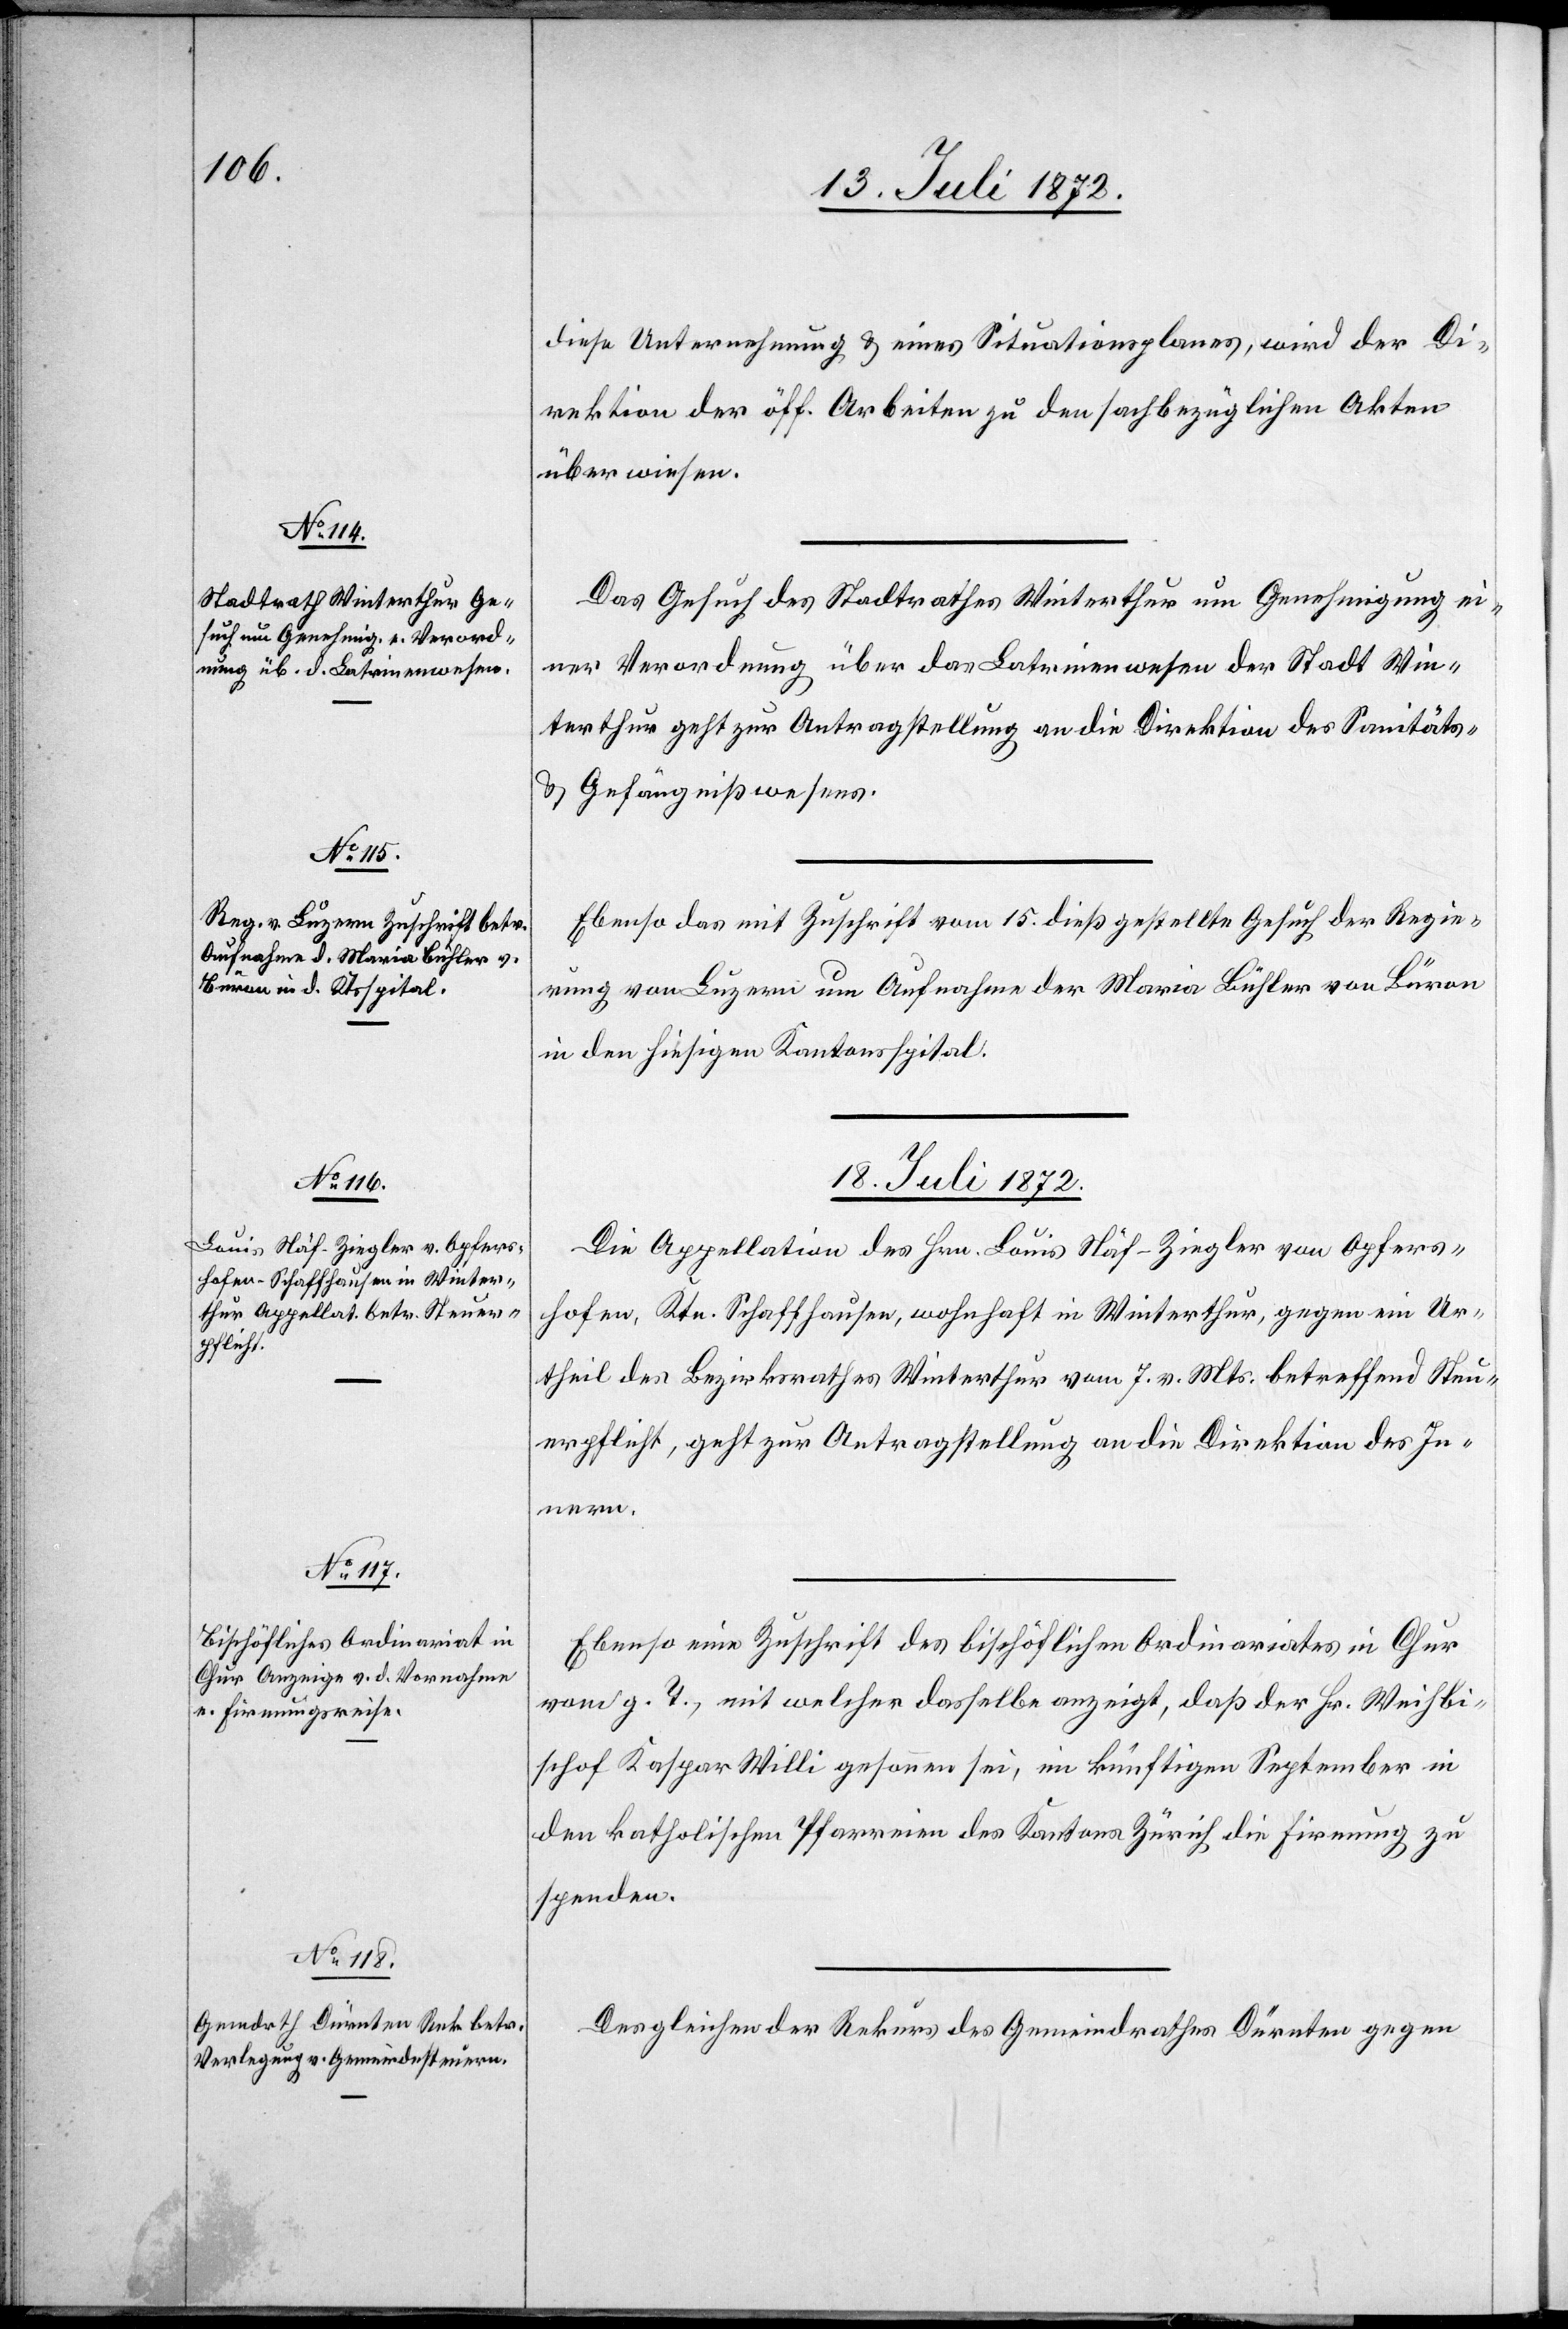
18. Juli 1872.]
diese Unternehmung u. eines Situationsplanes, wird der Di¬
rektion der öff. Arbeiten zu den sachbezüglichen Akten
überwiesen.
Das Gesuch des Stadtrathes Winterthur um Genehmigung ei¬
ner Verordnung über das Latrinenwesen der Stadt Win¬
terthur geht zur Antragstellung an die Direktion des Sanitäts-
u. Gefängnißwesens.
Ebenso das mit Zuschrift vom 15. dieß gestellte Gesuch der Regie¬
rung von Luzern um Aufnahme der Maria Bühler von Büron
in den hiesigen Kantonsspital.
Die Appellation des Hrn. Louis Näf-Ziegler von Opfers¬
hofen, Ktn. Schaffhausen, wohnhaft in Winterthur, gegen ein Ur¬
theil des Bezirksrathes Winterthur vom 7. v. Mts. betreffend Steu¬
erpflicht, geht zur Antragstellung an die Direktion des In¬
nern.
Ebenso eine Zuschrift des bischöflichen Ordinariates in Chur
vom g. T., mit welcher dasselbe anzeigt, daß der Hr. Weihbi¬
schof Kaspar Willi gesonnen sei, im künftigen September in
den katholischen Pfarreien des Kantons Zürich die Firmung zu
spenden.
Desgleichen der Rekurs des Gemeindrathes Dürnten gegen